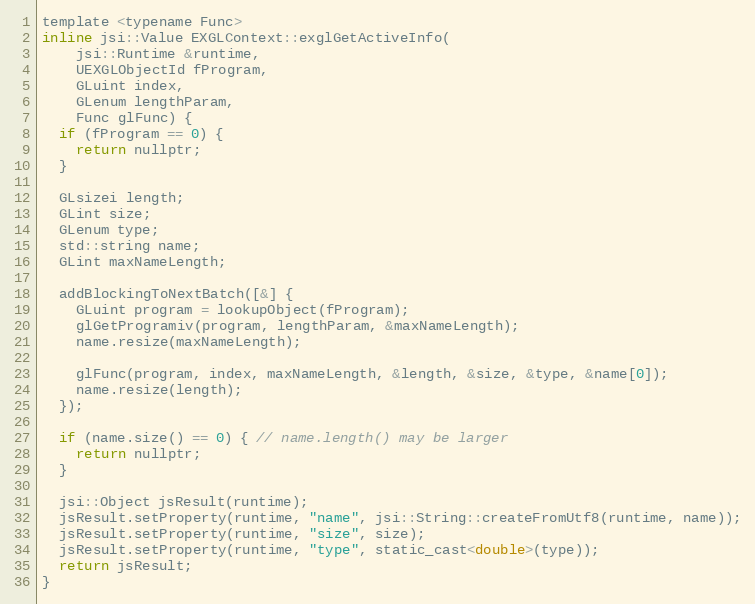
Language: C
template <typename Func>
inline jsi::Value EXGLContext::exglGetActiveInfo(
    jsi::Runtime &runtime,
    UEXGLObjectId fProgram,
    GLuint index,
    GLenum lengthParam,
    Func glFunc) {
  if (fProgram == 0) {
    return nullptr;
  }

  GLsizei length;
  GLint size;
  GLenum type;
  std::string name;
  GLint maxNameLength;

  addBlockingToNextBatch([&] {
    GLuint program = lookupObject(fProgram);
    glGetProgramiv(program, lengthParam, &maxNameLength);
    name.resize(maxNameLength);

    glFunc(program, index, maxNameLength, &length, &size, &type, &name[0]);
    name.resize(length);
  });

  if (name.size() == 0) { // name.length() may be larger
    return nullptr;
  }

  jsi::Object jsResult(runtime);
  jsResult.setProperty(runtime, "name", jsi::String::createFromUtf8(runtime, name));
  jsResult.setProperty(runtime, "size", size);
  jsResult.setProperty(runtime, "type", static_cast<double>(type));
  return jsResult;
}